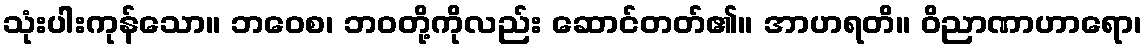
သုံးပါးကုန်သော။ ဘဝေစ၊ ဘဝတို့ကိုလည်း ဆောင်တတ်၏။ အာဟရတိ။ ဝိညာဏာဟာရော၊